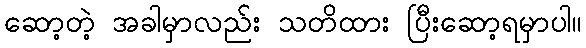
ဆော့တဲ့ အခါမှာလည်း သတိထား ပြီးဆော့ရမှာပါ။